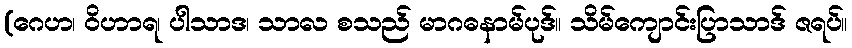
(ဂေဟ၊ ဝိဟာရ၊ ပါသာဒ၊ သာလ စသည် မာဂဓနာမ်ပုဒ်။ သိမ်ကျောင်းပြာသာဒ် ဇရပ်။